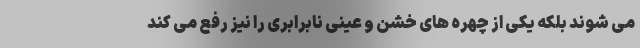
می شوند بلکه یکی از چهره های خشن و عینی نابرابری را نیز رفع می کند